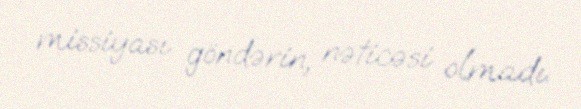
missiyası göndərin, nəticəsi olmadı.